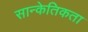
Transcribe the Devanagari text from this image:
सान्केतिकता